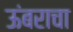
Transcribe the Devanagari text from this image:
ऊंबराचा